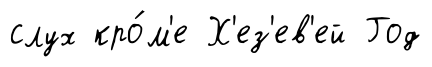
слух кро́м'е Х'ез'ев'ей Год